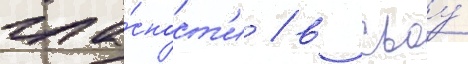
гла́сност'и / в своу́